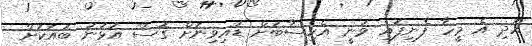
އަދި އެ މީހާ ފެނިފައި ވަނީ އެހިސާބަށް ޑައިވިނަށް ގޮސް އުޅުނު ބައަކަށް